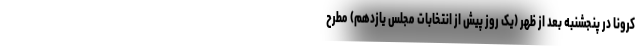
کرونا در پنجشنبه بعد از ظهر (یک روز پیش از انتخابات مجلس یازدهم) مطرح